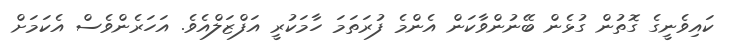
ކައިވެނީގެ ގޮތުން ގުޅެން ބޭނުންވާކަން އެންމެ ފުރަތަމަ ހާމަކުރީ އަފްޒަލްއެވެ. އަހަރެންވެސް އެކަމަށް